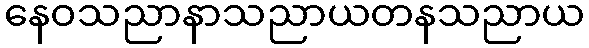
နေဝသညာနာသညာယတနသညာယ